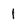
Character: 1